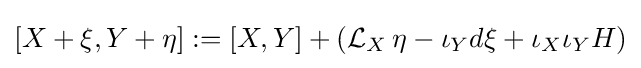
[X+\xi ,Y+\eta ]:=[X,Y]+({\mathcal {L}}_{X}\,\eta -\iota _{Y}d\xi +\iota _{X}\iota _{Y}H)